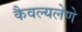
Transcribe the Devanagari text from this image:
कैवल्यलेणे